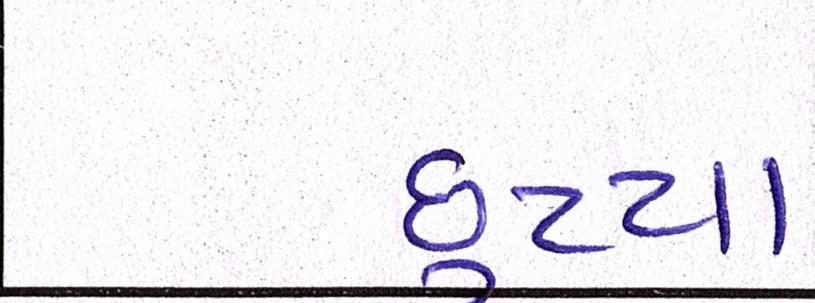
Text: છુટ્યા